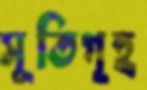
সূতিগৃহ